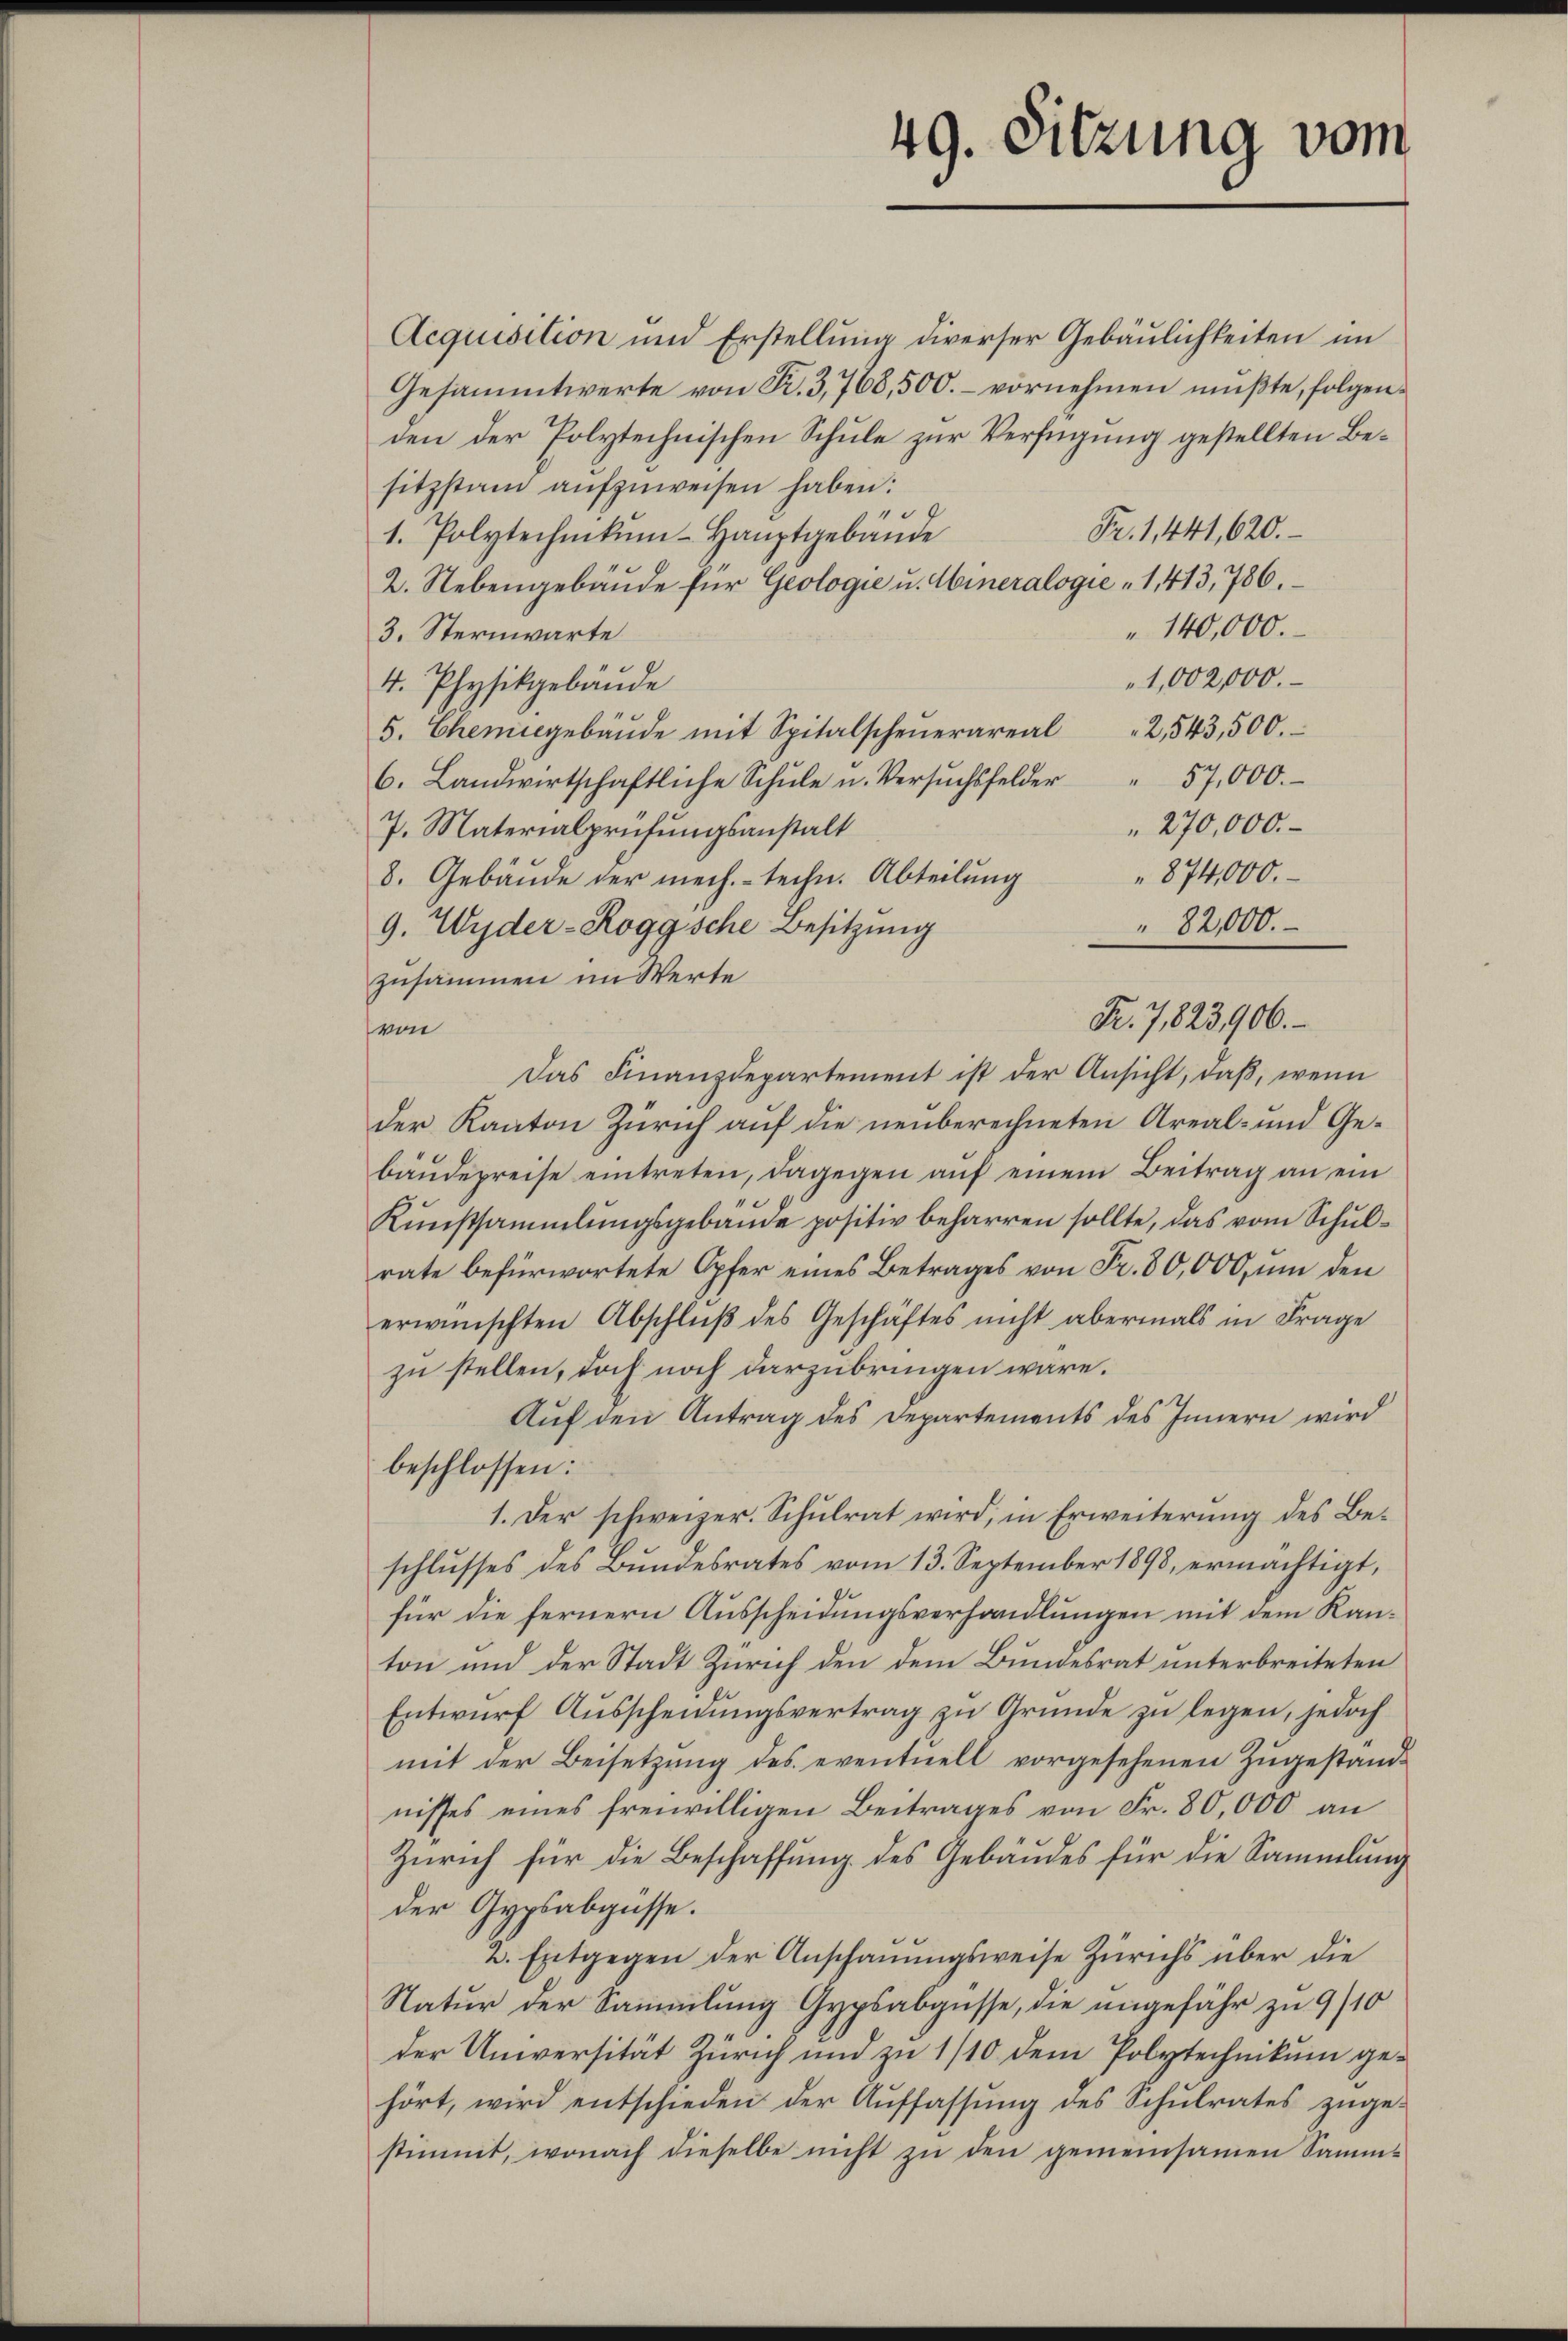
49. Sitzung vom

Fr. 7,823,906.

Acquisition und Erstellung diverser Gebäulichkeiten im
Gesammtwerte von P. 3,768,500.- vornehmen müßte, folgenden der Polytechnischen Schule zur Verfügung gestellten Besitzstand aŭfzŭweisen haben:
.
Fr. 1,441, 620.
1. Polytechnikum-Hauptgebäude
2. Nebengebäŭde für Geologie u. Mineralogie " 1,413, 786.
140,000.
3. Sternwarte
1,002,000.
4. Physikgebäude
5. Chemisgebäŭde mit Spitalscheŭerareal "2,543,500.
6. Landwirtschaftliche Schŭle u. Versŭchsfelder " 57,000.
" 270,000.
7. Materialprüfungsanstalt
874,000.
8. Gebäude der mech.- techn. Abteilung
9. Wyder-Roggsche Besitzung
" 82,000.
zusammen im Werte
von
Das Finanzdepartement ist der Ansicht, daß, wenn
der Kanton Zürich auf die neuberechneten Areal- und Gebaudepreise eintreten, dagegen auf einem Beitrag an ein
Kunstsammlungsgebäude positiv beharren sollte, das vom Schulrate befürwortete Opfer eines Betrages von Fr. 80,000, um den
erwünschten Abschlŭβ des Geschäftes nicht abermals in Frage
zu stellen, doch noch darzubringen wäre.
Auf den Antrag des Departements des Innern wird
beschlossen:
1. Der schweizer. Schulrat wird, in Erweiterung des Beschlŭsses des Bŭndesrates vom 13. September 1898, ermächtigt,
für die fernern Ausscheidungsverhandlungen mit dem Kanton und der Stadt Zürich den dem Bundesrat unterbreiteten
Entwurf Ausscheidungsvertrag zu Grunde zu legen, jedoch
mit der Beisetzung des eventuell vorgesehenen Zugestandnisses eines freiwilligen Beitrages von Fr. 80,000 an
Zürich für die Beschaffung des Gebäudes für die Sammlung
der Gypsabgüsse.
2. Entgegen der Anschauungsweise Zürichs über die
Natur der Sammlung Gypsabgüsse, die ungefähr zu 9/10
der Universität Zürich und zu 1/10 dem Polytechnikum gehört, wird entschieden der Aŭffassŭng des Schŭlrates zŭge-
stimmt, wonach dieselbe nicht zu den gemeinsamen Samm-